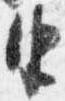
由